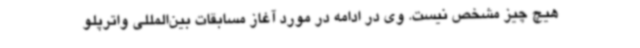
هیچ چیز مشخص نیست. وی در ادامه در مورد آغاز مسابقات بین‌المللی واترپلو